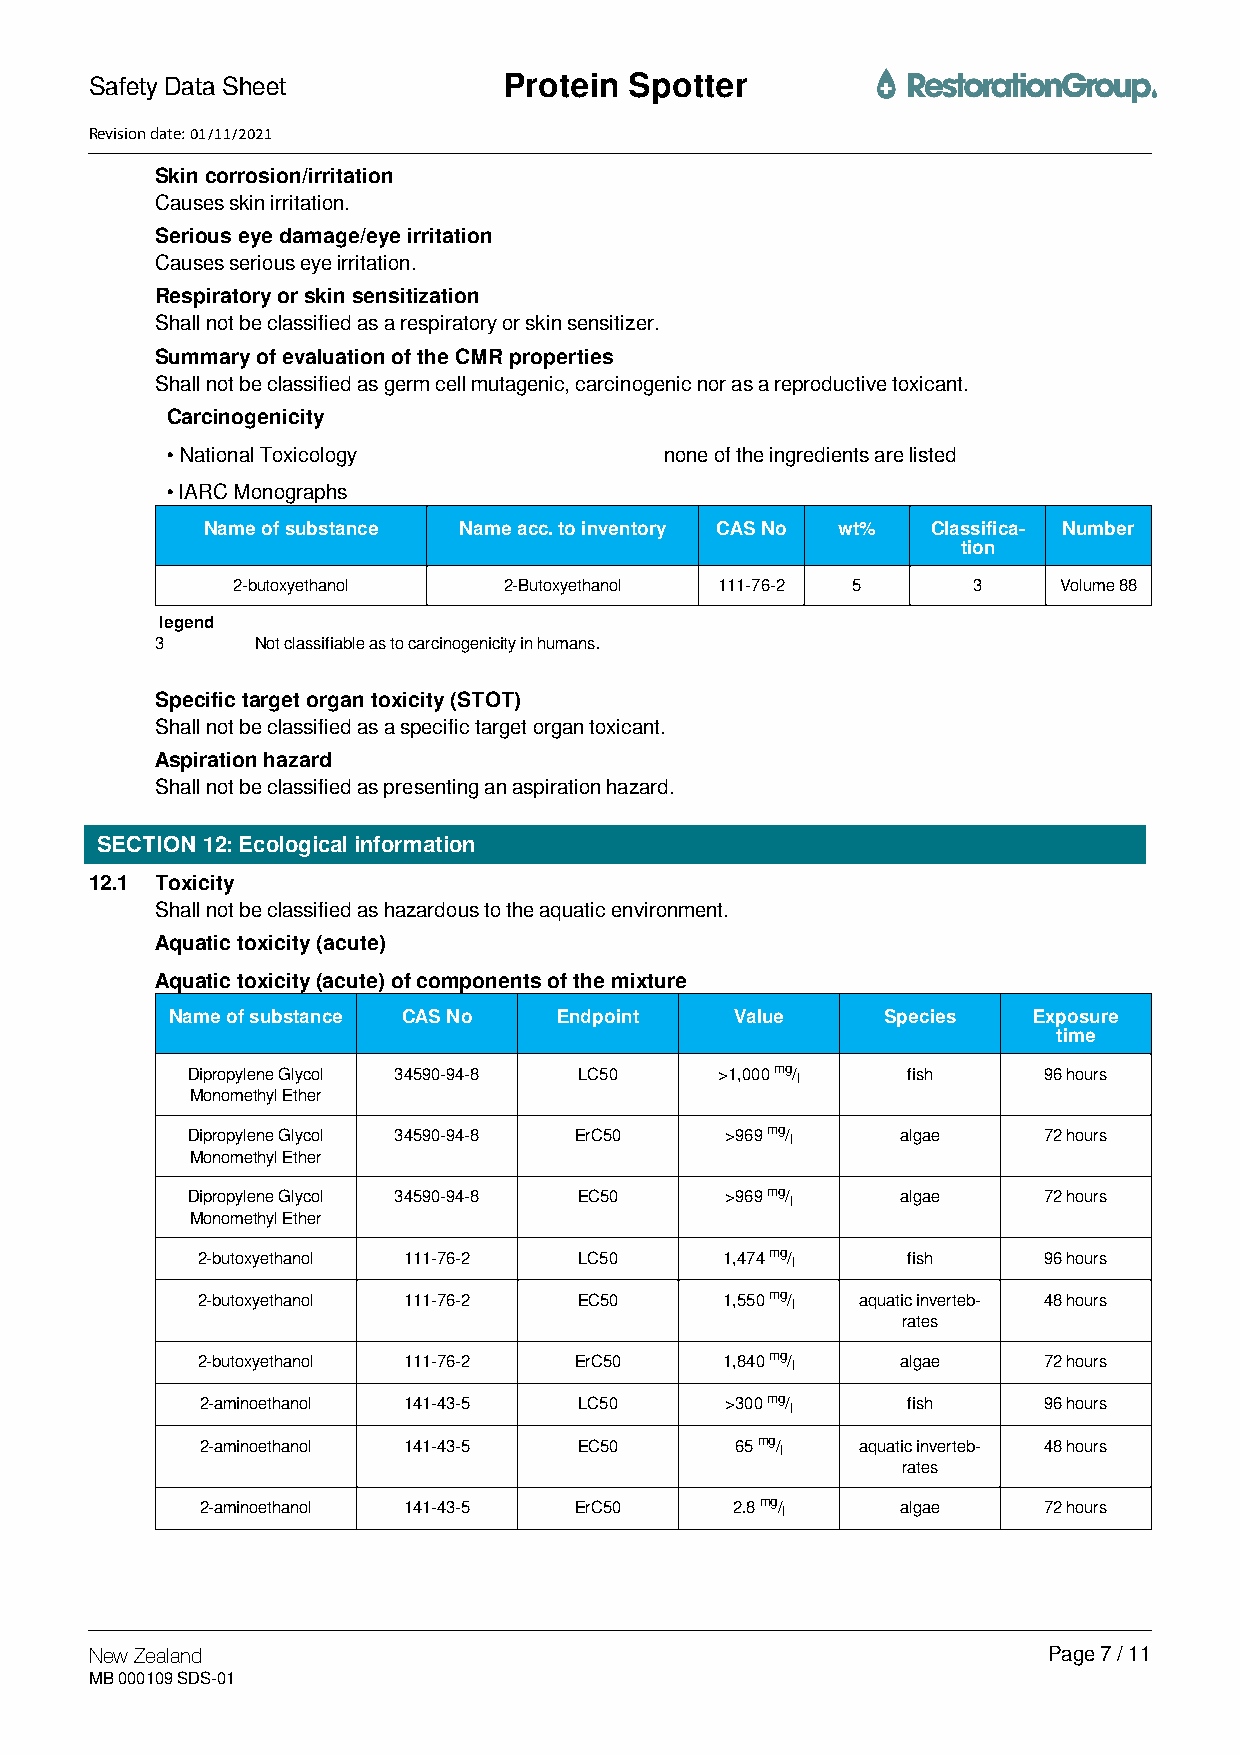
Safety Data Sheet          PPrrootteeiinn SSppootttteerr
 Revision date: 01/11/2021
 Skin corrosion/irritation
 Causes skin irritation.
 Serious eye damage/eye irritation
 Causes serious eye irritation.
 Respiratory or skin sensitization
 Shall not be classified as a respiratory or skin sensitizer.
 Summary of evaluation of the CMR properties
 Shall not be classified as germ cell mutagenic, carcinogenic nor as a reproductive toxicant.
 Carcinogenicity
 •National Toxicology             none of the ingredients are listed
 •IARC Monographs
 Name of substance Name acc. to inventory CAS No wt% Classifica- Number
 tion
 2-butoxyethanol   2-Butoxyethanol 111-76-2 5     3     Volume 88
 legend
 3      Not classifiable as to carcinogenicity in humans.
 Specific target organ toxicity (STOT)
 Shall not be classified as a specific target organ toxicant.
 Aspiration hazard
 Shall not be classified as presenting an aspiration hazard.
 SECTION 12: Ecological information
 12.1 Toxicity
 Shall not be classified as hazardous to the aquatic environment.
 Aquatic toxicity (acute)
 Aquatic toxicity (acute) of components of the mixture
 Name of substance CAS No  Endpoint    Value    Species   Exposure
 time
 Dipropylene Glycol 34590-94-8 LC50  >1,000 mg/l fish     96 hours
 Monomethyl Ether
 Dipropylene Glycol 34590-94-8 ErC50 >969 mg/l   algae    72 hours
 Monomethyl Ether
 Dipropylene Glycol 34590-94-8 EC50  >969 mg/l   algae    72 hours
 Monomethyl Ether
 2-butoxyethanol 111-76-2 LC50      1,474 mg/l  fish     96 hours
 2-butoxyethanol 111-76-2 EC50      1,550 mg/l aquatic inverteb- 48 hours
 rates
 2-butoxyethanol 111-76-2 ErC50     1,840 mg/l  algae    72 hours
 2-aminoethanol 141-43-5  LC50      >300 mg/l   fish     96 hours
 2-aminoethanol 141-43-5  EC50       65 mg/l aquatic inverteb- 48 hours
 rates
 2-aminoethanol 141-43-5  ErC50     2.8 mg/l    algae    72 hours
 New Zealand                                                    Page 7 / 11
 MB 000109 SDS-01